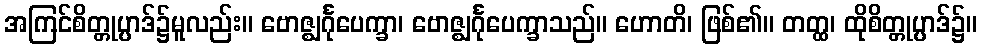
အကြင်စိတ္တုပ္ပာဒ်၌မူလည်း။ ဗောဇ္ဈင်္ဂုပေက္ခာ၊ ဗောဇ္ဈင်္ဂုပေက္ခာသည်။ ဟောတိ၊ ဖြစ်၏။ တတ္ထ၊ ထိုစိတ္တုပ္ပာဒ်၌။